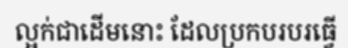
ល្អក់ជាដើមនោះ ដែលប្រកបរបរធ្វើ